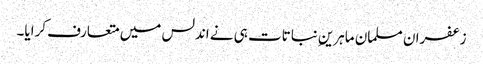
زعفران مسلمان ماہرینِ نباتات ہی نے اندلس میں متعارف کرایا۔